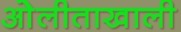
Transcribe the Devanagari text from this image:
ओेलीताखाली